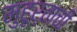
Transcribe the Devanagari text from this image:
मुहूर्ताची